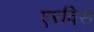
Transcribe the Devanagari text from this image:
एरविस